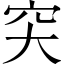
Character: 𥤮